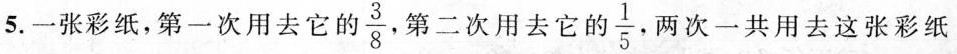
5.一张彩纸，第一次用去它的 \frac{3}{8} ， 第二次用去它 的 \frac{1}{5} ， 两次一共用去这张彩纸